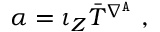
\alpha = \iota _ { Z } \bar { T } ^ { \nabla ^ { \mathtt { A } } } \ ,